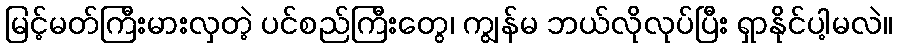
မြင့်မတ်ကြီးမားလှတဲ့ ပင်စည်ကြီးတွေ၊ ကျွန်မ ဘယ်လိုလုပ်ပြီး ရှာနိုင်ပါ့မလဲ။